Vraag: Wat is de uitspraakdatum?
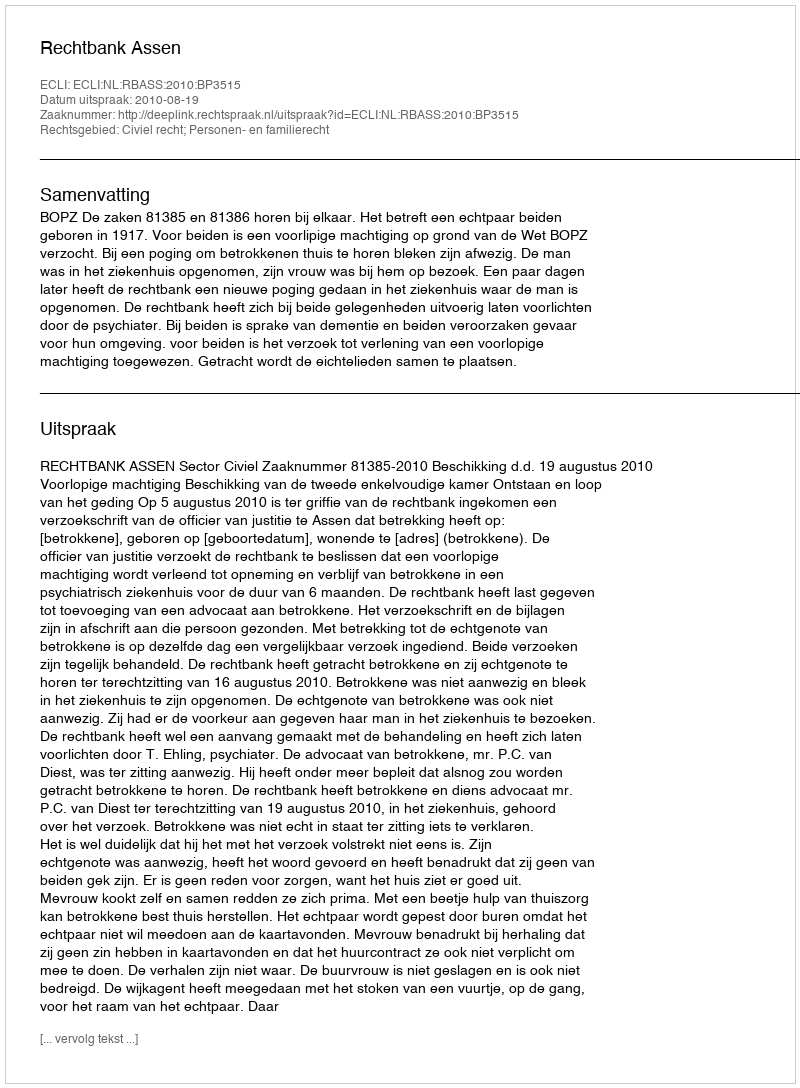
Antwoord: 2010-08-19